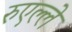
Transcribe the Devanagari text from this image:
रुएल्ले